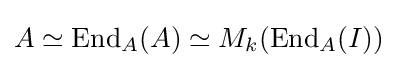
A\simeq \operatorname {End} _{A}(A)\simeq M_{k}(\operatorname {End} _{A}(I))